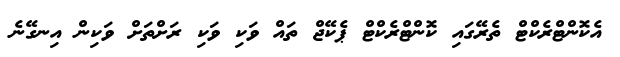
އެކޮންޓްރެކްޓް ތެރޭގައި ކޮންޓްރެކްޓް ޕެކޭޖް ތައް ވަކި ވަކި ރަށްތަށް ވަކިން އިނގޭނެ